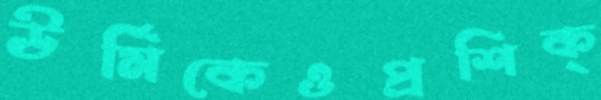
ঊর্মিকেওপ্রশিক্